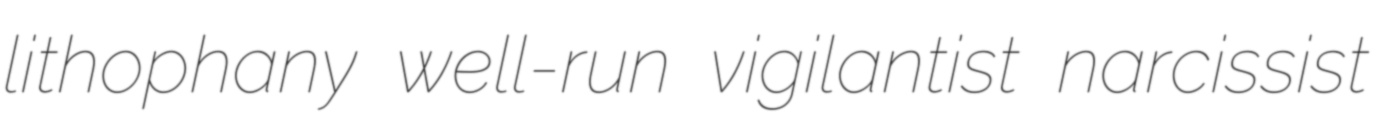
lithophany well-run vigilantist narcissist